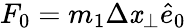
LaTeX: F_{0}=m_{1}\Delta\mathit{x}_{\perp}\hat{{e}}_{0}